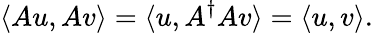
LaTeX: \langle Au,Av\rangle=\langle u,A^{\dagger}Av\rangle=\langle u,v\rangle.